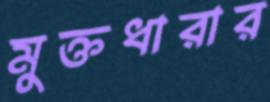
মুক্তধারার